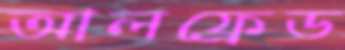
আলফ্রেড